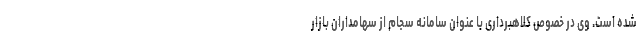
شده است. وی در خصوص کلاهبرداری با عنوان سامانه سجام از سهامداران بازار